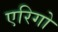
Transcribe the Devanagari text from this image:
एरिगो